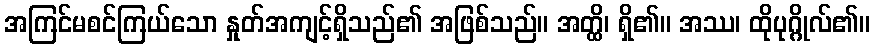
အကြင်မစင်ကြယ်သော နှုတ်အကျင့်ရှိသည်၏ အဖြစ်သည်။ အတ္ထိ၊ ရှိ၏။ အဿ၊ ထိုပုဂ္ဂိုလ်၏။